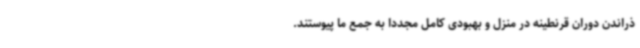
ذراندن دوران قرنطینه در منزل و بهبودی کامل مجددا به جمع ما پیوستند.